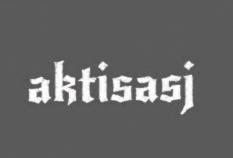
aktisasj